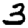
Digit: 3